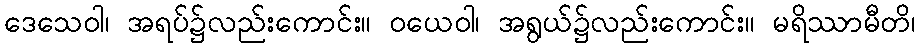
ဒေသေဝါ၊ အရပ်၌လည်းကောင်း။ ဝယေဝါ၊ အရွယ်၌လည်းကောင်း။ မရိဿာမီတိ၊